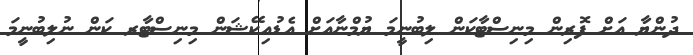
ދުންޔާ އަށް ފޮރިން މިނިސްޓާކަން ލިބުނީމަ ޔުމްނާއަށް އެޑުއިކޭޝަން މިނިސްޓާރ ކަން ނުލިބުނީމަ